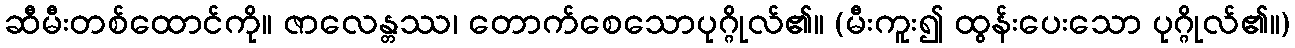
ဆီမီးတစ်ထောင်ကို။ ဇာလေန္တဿ၊ တောက်စေသောပုဂ္ဂိုလ်၏။ (မီးကူး၍ ထွန်းပေးသော ပုဂ္ဂိုလ်၏။)